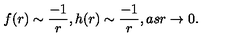
f ( r ) \sim \frac { - 1 } { r } , h ( r ) \sim \frac { - 1 } { r } , a s r \rightarrow 0 .